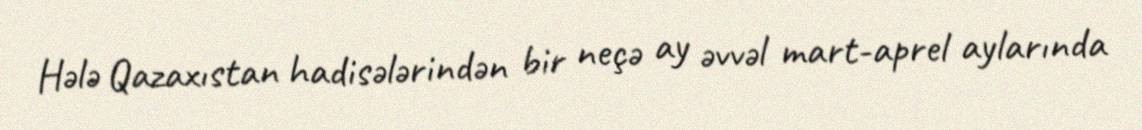
Hələ Qazaxıstan hadisələrindən bir neçə ay əvvəl mart-aprel aylarında